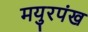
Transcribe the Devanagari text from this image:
मयुरपंख